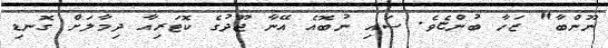
ނޫންބާ" ޒަހާ ބުންޏެވެ. ސައި ނުބޮއެ އޭނާ ޖޫދުގެ ކޮޓަރިއާ ދިމާލަށް ގޮނޑި